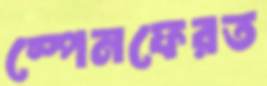
স্পেনফেরত